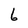
Character: 6